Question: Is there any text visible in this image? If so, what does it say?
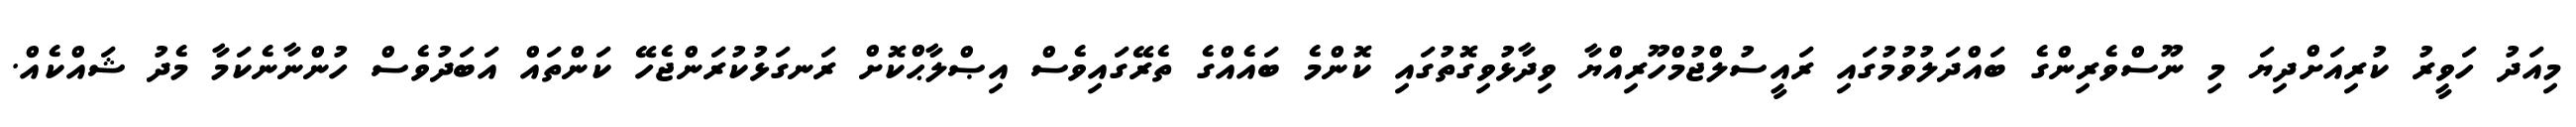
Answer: މިއަދު ހަވީރު ކުރިއަށްދިޔަ މި ނޫސްވެރިންގެ ބައްދަލުވުމުގައި ރައީސުލްޖުމްހޫރިއްޔާ ވިދާޅުވިގޮތުގައި ކޮންމެ ބައެއްގެ ތެރޭގައިވެސް އިޞްލާޙްކޮށް ރަނގަޅުކުރަންޖެހޭ ކަންތައް އަބަދުވެސް ހުންނާނެކަމާ މެދު ޝައްކެއް.